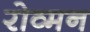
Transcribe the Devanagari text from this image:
रोव्मन